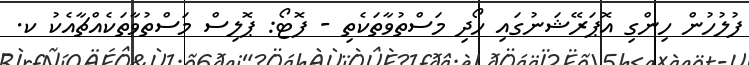
ފުލުހުން ހިންގި އޮޕަރޭޝަނުގައި ހޯދި މަސްތުވާތަކެތި - ފޮޓޯ: ޕޮލިސް މަސްތުވާތަކެއްޗާއެކު ކ.